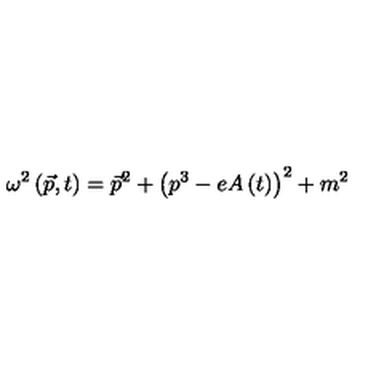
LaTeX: \omega ^ { 2 } \left( \vec { p } , t \right) = \vec { p } ^ { 2 } + \left( p ^ { 3 } - e A \left( t \right) \right) ^ { 2 } + m ^ { 2 }